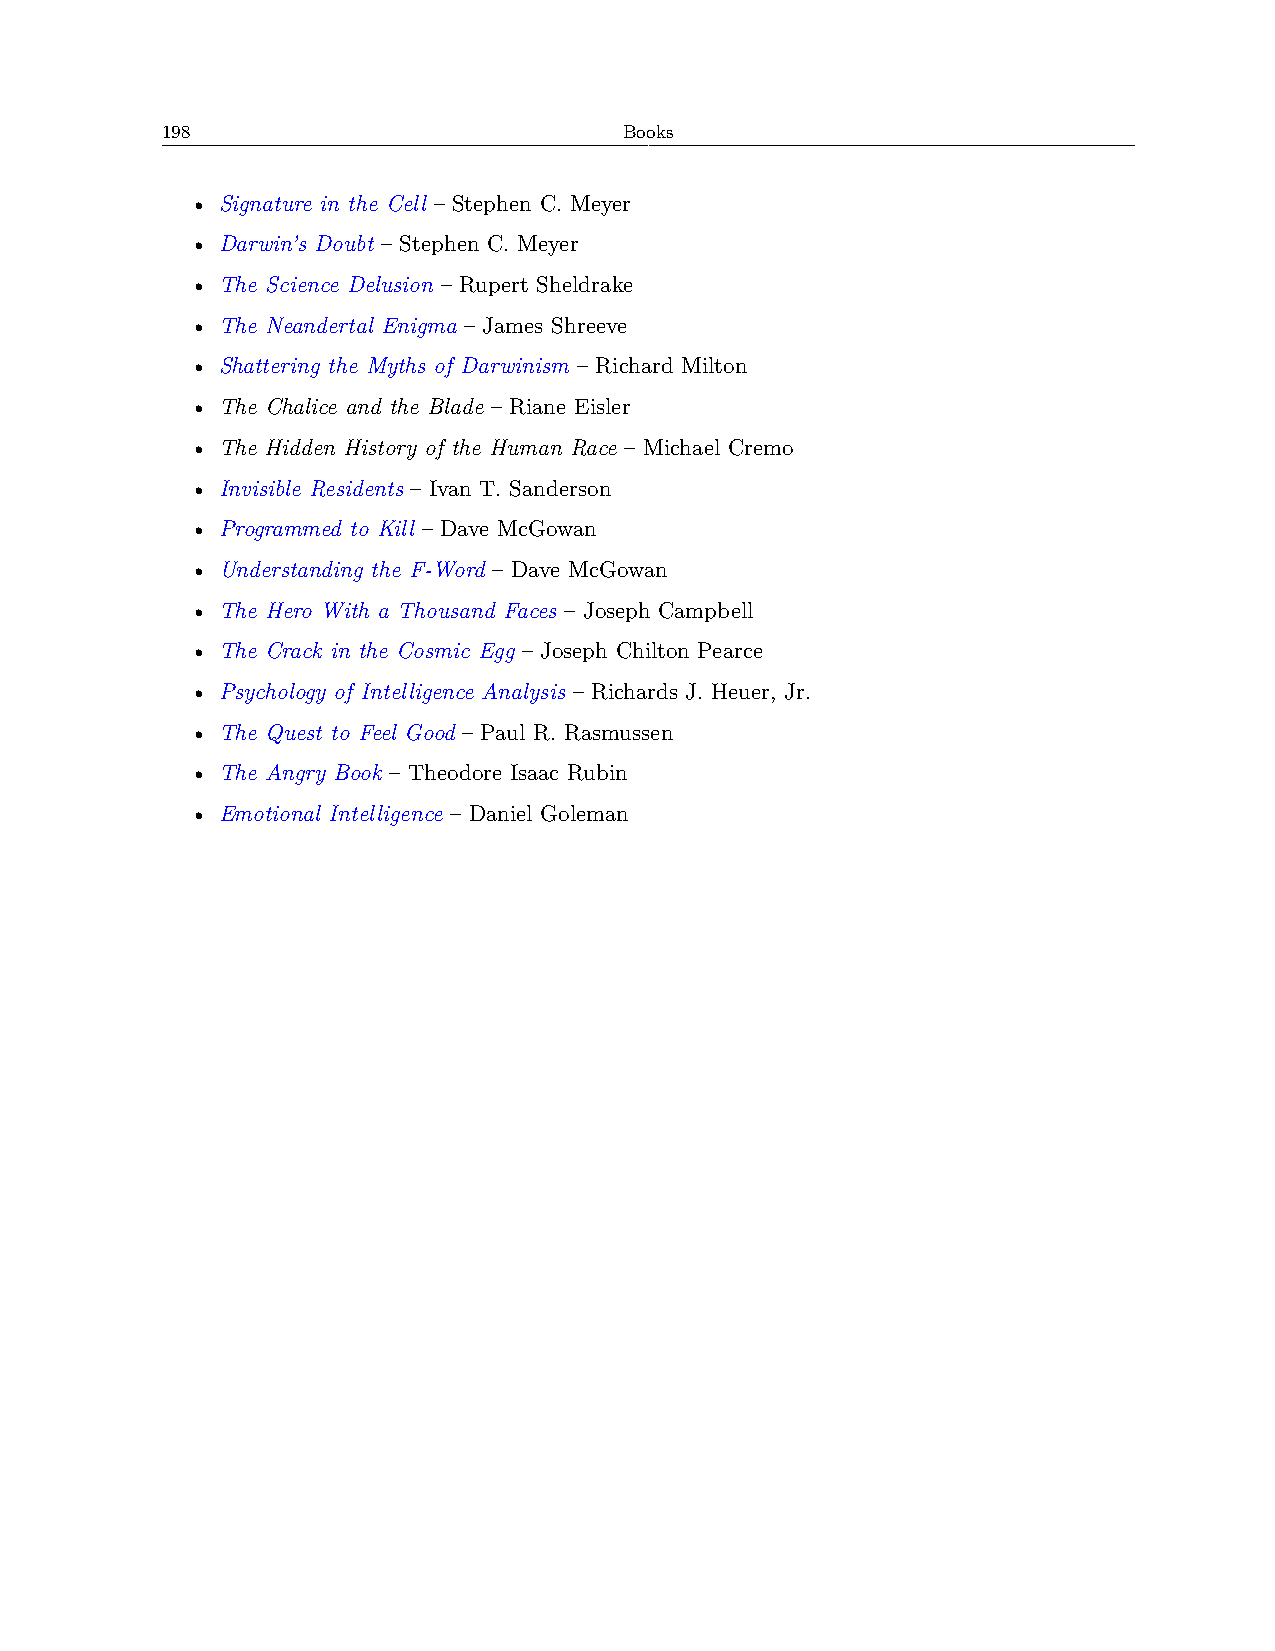
198                           Books
 • Signature in the Cell – Stephen C. Meyer
 • Darwin’s Doubt – Stephen C. Meyer
 • The Science Delusion – Rupert Sheldrake
 • The Neandertal Enigma – James Shreeve
 • Shattering the Myths of Darwinism – Richard Milton
 • The Chalice and the Blade – Riane Eisler
 • The Hidden History of the Human Race – Michael Cremo
 • Invisible Residents – Ivan T. Sanderson
 • Programmed to Kill – Dave McGowan
 • Understanding the F-Word – Dave McGowan
 • The Hero With a Thousand Faces – Joseph Campbell
 • The Crack in the Cosmic Egg – Joseph Chilton Pearce
 • Psychology of Intelligence Analysis – Richards J. Heuer, Jr.
 • The Quest to Feel Good – Paul R. Rasmussen
 • The Angry Book – Theodore Isaac Rubin
 • Emotional Intelligence – Daniel Goleman